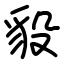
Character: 䝘